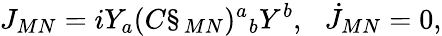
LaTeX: J_{MN}=iY_{a}(C\S_{MN})^{a}{}_{b}Y^{b},\: \: \: \dot{J}_{MN}=0,